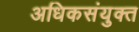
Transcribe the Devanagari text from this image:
अधिकसंयुक्त